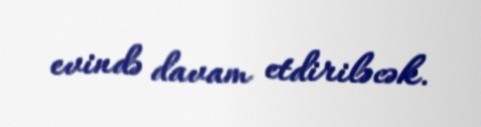
evində davam etdiriləcək.